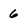
Character: 6